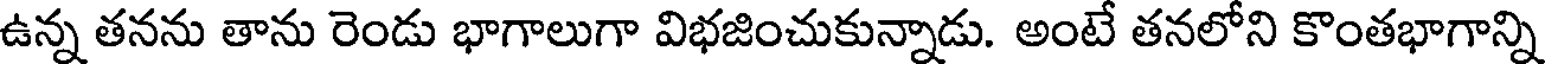
ఉన్న తనను తాను రెండు భాగాలుగా విభజించుకున్నాడు. అంటే తనలోని కొంతభాగాన్ని